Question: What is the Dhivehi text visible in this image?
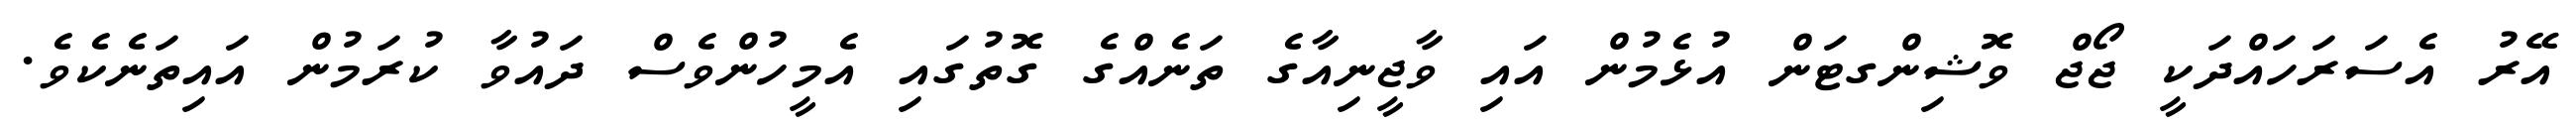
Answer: އޭރު އެސަރަހައްދަކީ ޖޯޖް ވޮޝިންގޓަން އުޅެމުން އައި ވާޖީނިއާގެ ތަނެއްގެ ގޮތުގައި އެމީހުންވެސް ދައުވާ ކުރަމުން އައިތަނެކެވެ.